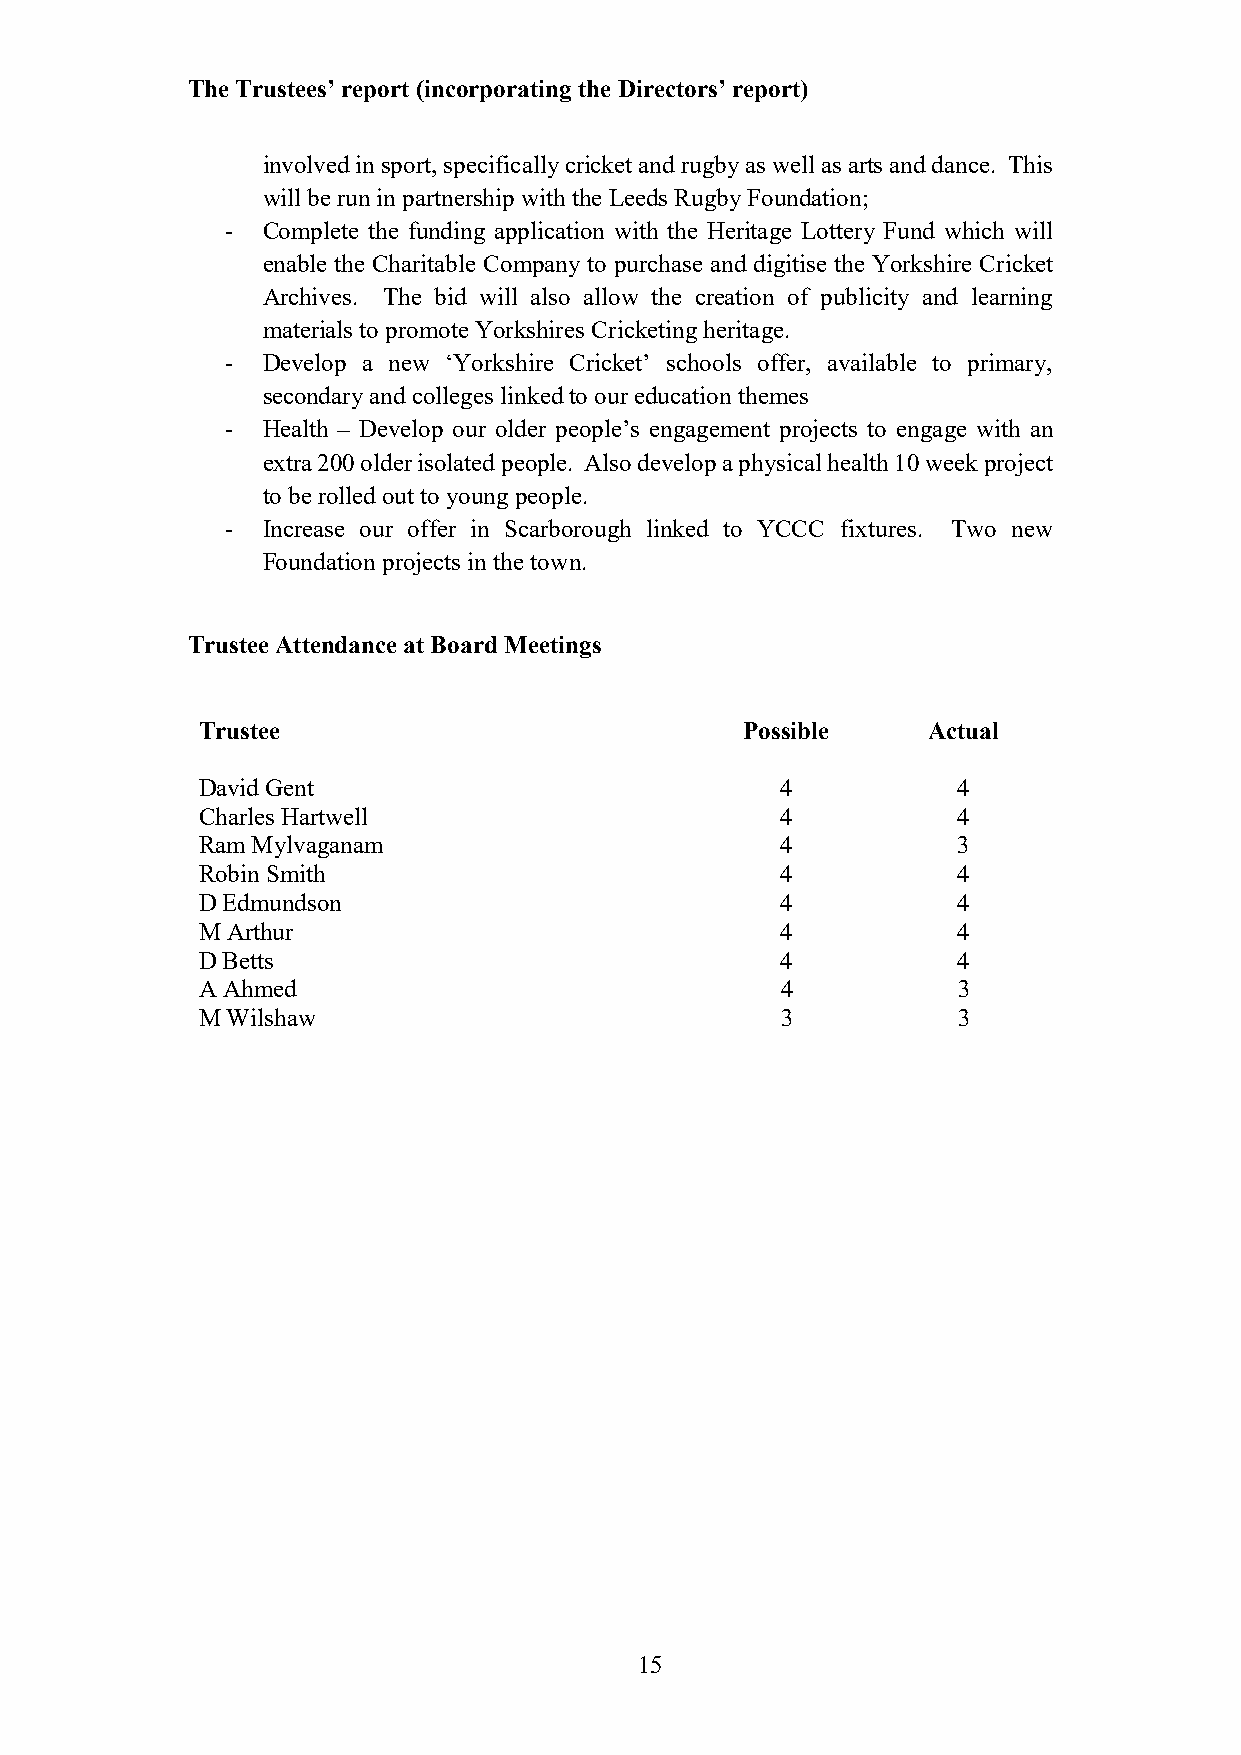
The Trustees’ report (incorporating the Directors’ report)
 involved in sport, specifically cricket and rugby as well as arts and dance. This
 will be run in partnership with the Leeds Rugby Foundation;
 - Complete the funding application with the Heritage Lottery Fund which will
 enable the Charitable Company to purchase and digitise the Yorkshire Cricket
 Archives. The bid will also allow the creation of publicity and learning
 materials to promote Yorkshires Cricketing heritage.
 - Develop a new ‘Yorkshire Cricket’ schools offer, available to primary,
 secondary and colleges linked to our education themes
 - Health – Develop our older people’s engagement projects to engage with an
 extra 200 older isolated people. Also develop a physical health 10 week project
 to be rolled out to young people.
 - Increase our offer in Scarborough linked to YCCC fixtures. Two new
 Foundation projects in the town.
 Trustee Attendance at Board Meetings
 Trustee                             Possible    Actual
 David Gent                             4          4
 Charles Hartwell                       4          4
 Ram Mylvaganam                         4          3
 Robin Smith                            4          4
 D Edmundson                            4          4
 M Arthur                               4          4
 D Betts                                4          4
 A Ahmed                                4          3
 M Wilshaw                              3          3
 15